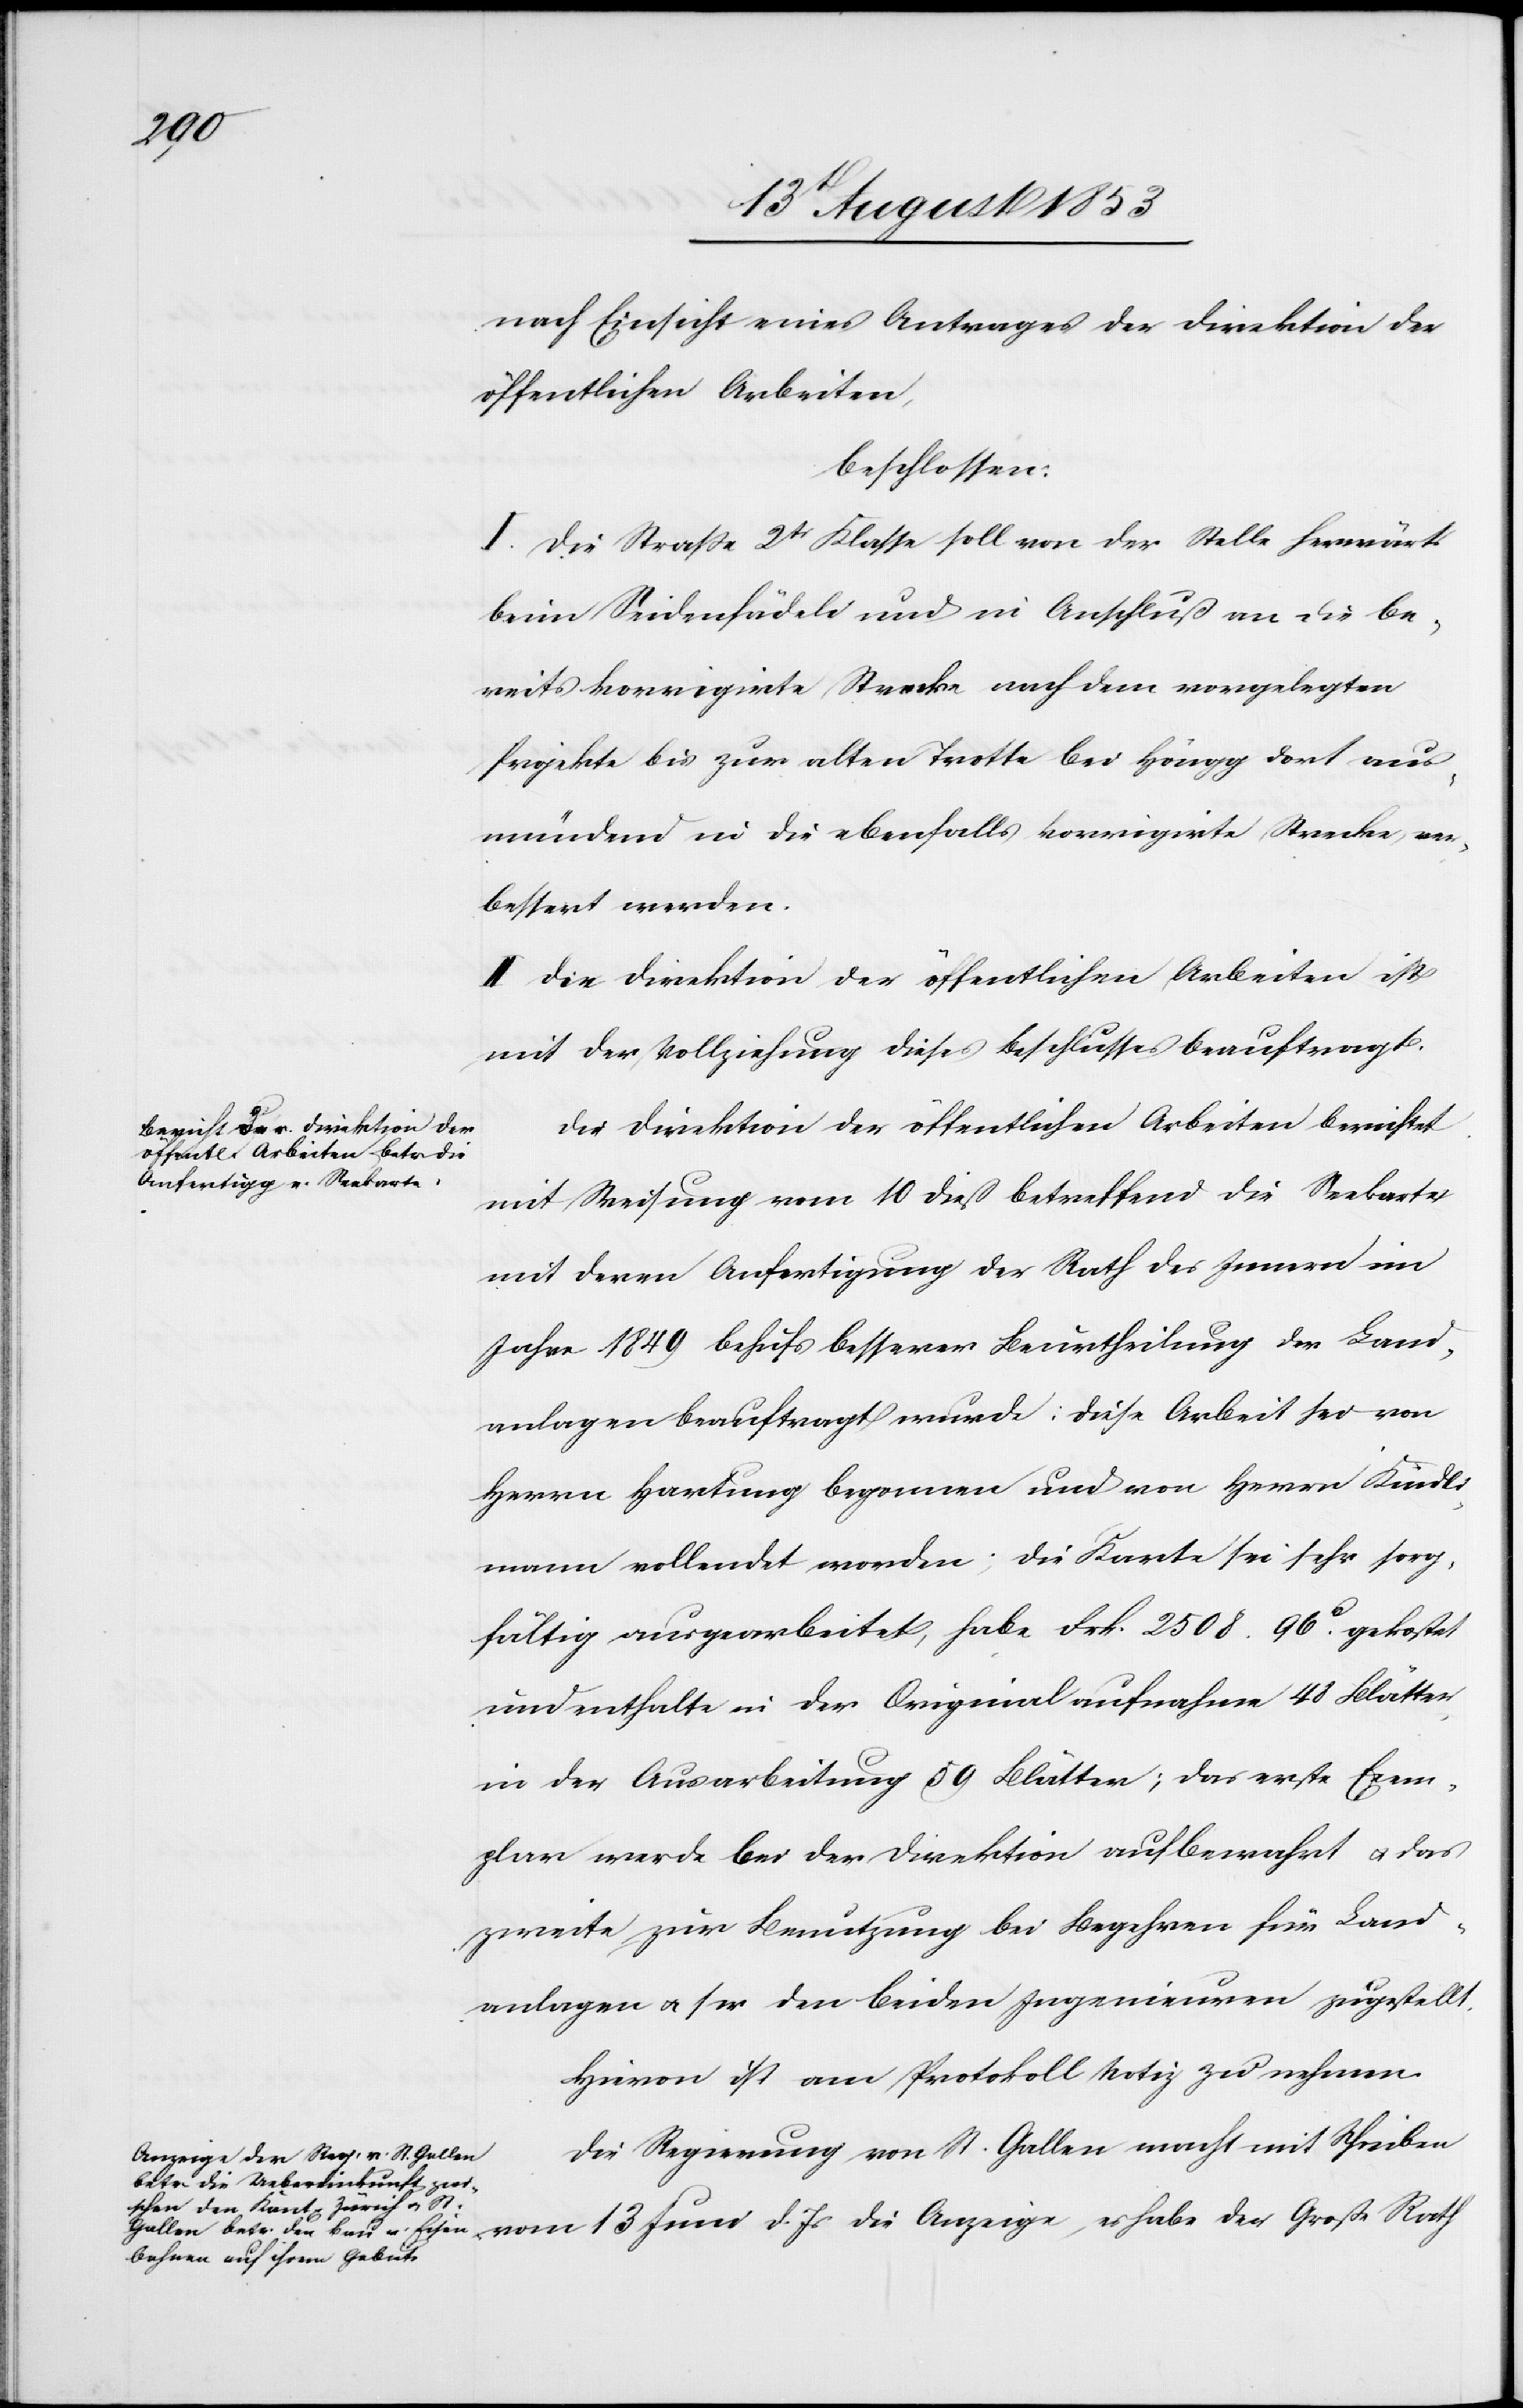
nach Einsicht eines Antrages der Direktion der
öffentlichen Arbeiten,
beschlossen:
I. Die Straße 2tr Klasse soll von der Stelle herwärts
beim Seidenfädeli und im Anschluß an die be¬
reits korrigirte Strecke nach dem vorgelegten
Projekte bis zur alten Trotte bei Höngg dort aus¬
mündend in die ebenfalls korririgirte Strecke ver¬
bessert werden.
II. Die Direktion der öffentlichen Arbeiten ist
mit der Vollziehung dieses Beschlusses beauftragt
Die Direktion der öffentlichen Arbeiten berichtet:
mit Weisung vom 10 dieß betreffend die Seekarte
mit deren Anfertigung der Rathe des Innern im
Jahr 1849 behufs besserer Beurtheilung der Land¬
anlagen beauftragt wurde: diese Arbeit sei von
Herrn Hartung begonnen und von Herrn Kündli¬
mann vollendet worden; die Karte sei sehr sorg¬
fältig ausgearbeitet, habe Frk. 2508. 96c gekostet
und enthalte in der Originalaufnahme 48 Blätter
in der Ausarbeitung 59 Blätter; das erste Exem¬
plar werde bei der Direktion aufbewahrt u. das
zweite zur Benutzung bei Begehren für Land¬
anlagen u. sei den beiden Ingenieuren zugestellt.
Hievon ist am Protokoll Notiz zu nehmen.
Die Regierung von St. Gallen macht mit Schreiben